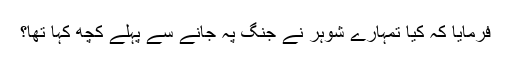
فرمایا کہ کیا تمہارے شوہر نے جنگ پہ جانے سے پہلے کچھ کہا تھا؟